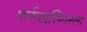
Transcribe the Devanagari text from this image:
फर्रूखसियरला